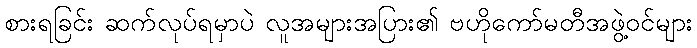
စားရခြင်း ဆက်လုပ်ရမှာပဲ လူအများအပြား၏ ဗဟိုကော်မတီအဖွဲ့ဝင်များ